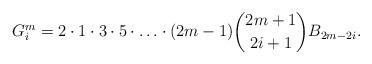
LaTeX: \begin{align*} G_i^m = 2\cdot 1\cdot 3 \cdot 5\cdot \ldots \cdot (2m-1) {2m+1\choose 2i+1} B_{2m-2i}.\end{align*}